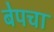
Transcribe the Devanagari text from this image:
बेपचा